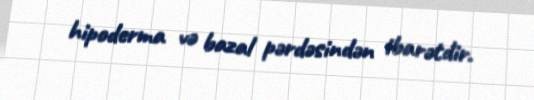
hipoderma və bazal pərdəsindən ibarətdir.